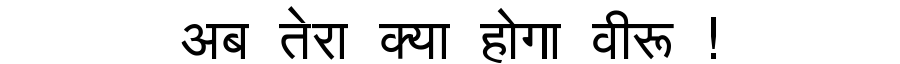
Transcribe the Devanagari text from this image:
अब तेरा क्या होगा वीरू !